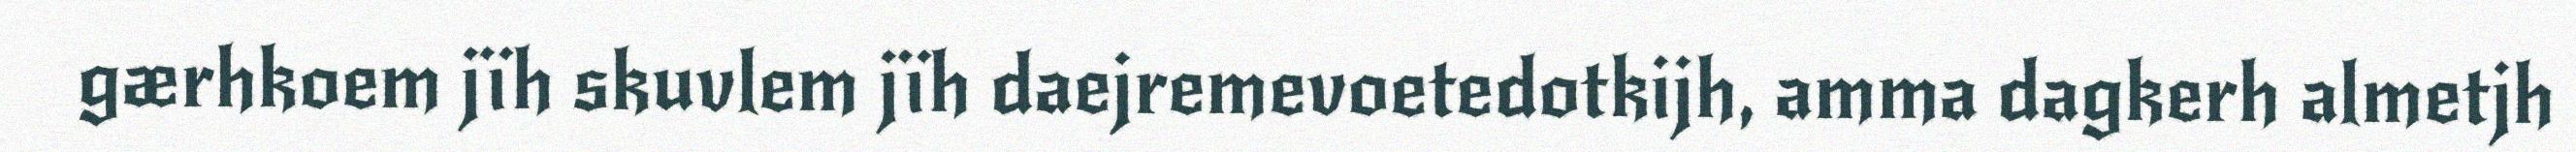
gærhkoem jïh skuvlem jïh daejremevoetedotkijh, amma dagkerh almetjh